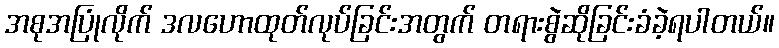
အစုအပြုံလိုက် ဒလဟောထုတ်လုပ်ခြင်းအတွက် တရားစွဲဆိုခြင်းခံခဲ့ရပါတယ်။